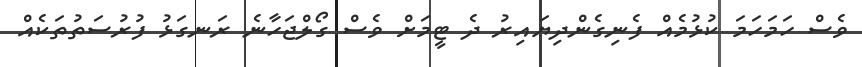
ވެސް ހަމަހަމަ ކުޅުމެއް ފެނިގެންދިޔައިރު ދެ ޓީމަށް ވެސް ގޯލްޖަހާނެ ރަނގަޅު ފުރުސަތުތަކެއް